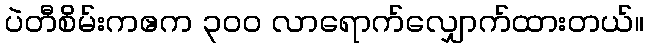
ပဲတီစိမ်းကဧက ၃ဝဝ လာရောက်လျှောက်ထားတယ်။